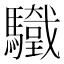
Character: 𩧀